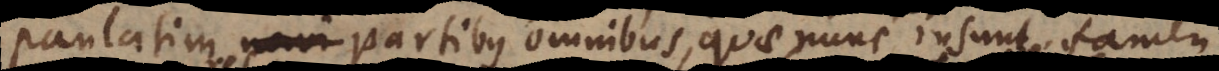
paulatim partibus omnibus, quae nunc insunt, tamen